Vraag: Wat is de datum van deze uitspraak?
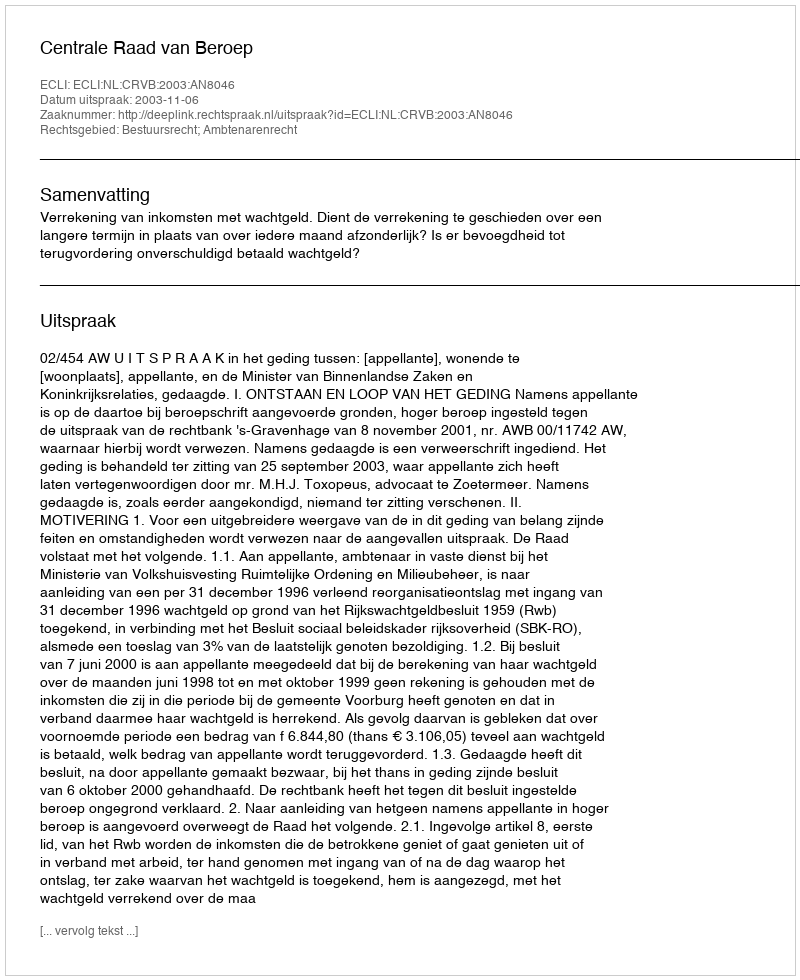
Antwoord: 2003-11-06